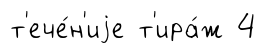
т'ече́н'иjе т'ира́ж 4